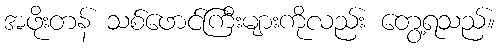
အဖိုးတန် သစ်ဖောင်ကြီးများကိုလည်း တွေ့ရသည်။